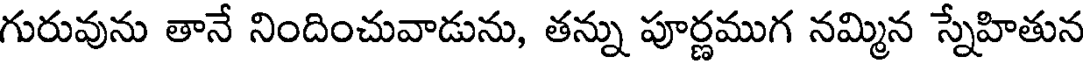
గురువును తానే నిందించువాడును, తన్ను పూర్ణముగ నమ్మిన స్నేహితున